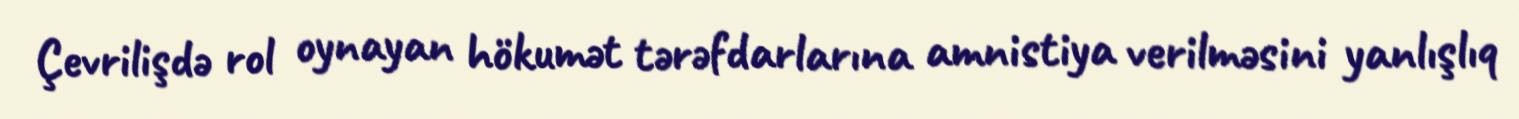
Çevrilişdə rol oynayan hökumət tərəfdarlarına amnistiya verilməsini yanlışlıq